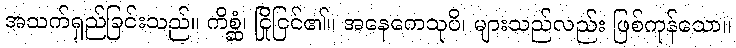
အသက်ရှည်ခြင်းသည်။ ကိစ္ဆံ၊ ငြိုငြင်၏။ အနေကေသုပိ၊ များသည်လည်း ဖြစ်ကုန်သော။